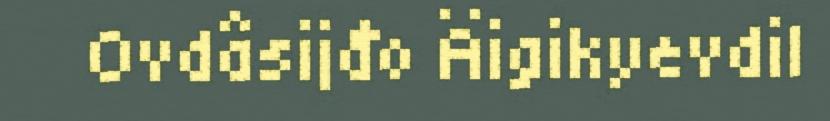
Ovdâsijđo Äigikyevdil